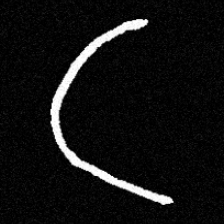
Pyu character \u2014 Myanmar letter: ဋ (romanized: tta)